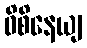
ဝိစိနေယျ